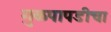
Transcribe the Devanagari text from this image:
गुळपापडीचा